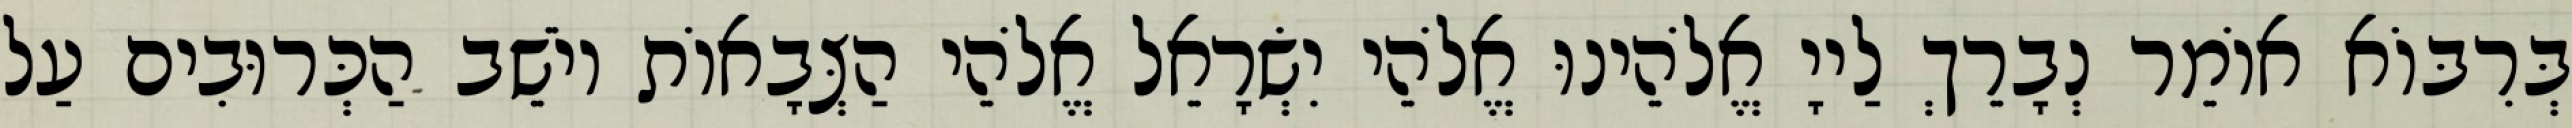
בְּרִבּוֹא אוֹמֵר נְבָרֵךְ לַייָ אֱלֹהֵינוּ אֱלֹהֵי יִשְׂרָאֵל אֱלֹהֵי הַצְּבָאוֹת יוֹשֵׁב הַכְּרוּבִים עַל